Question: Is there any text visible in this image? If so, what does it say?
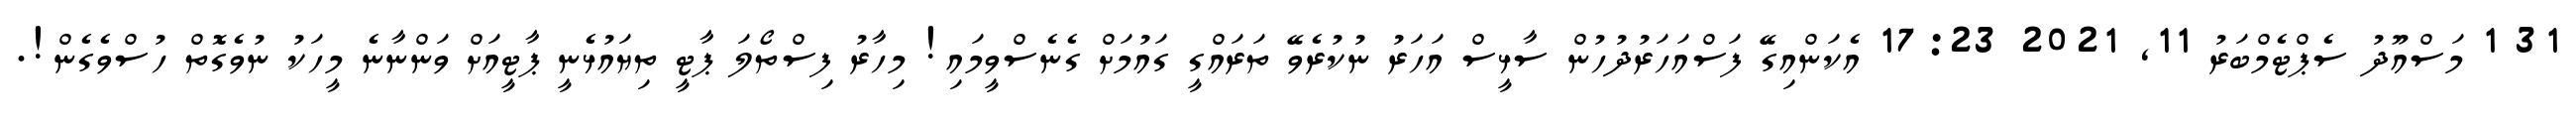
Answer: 31 1 މަސްއޫދު ސެޕްޓެމްބަރު 11, 2021 17:23 އެކަންއިގޭ ފަސްއަހަރުދުހުން ސާޅީސް އަހަރު ނުކުރެވޭ ތަރައްގީ ގައުމަށް ގެނެސްވީމައި! މިހާރު ފިސްތޯލަ ޕާޓީ ތިޔައުޅެނީ ޕާޓީއަށް ވަންނާނެ މީހަކު ނުވެގޮތް ހުސްވެގެން!.